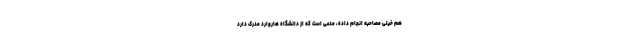
هم خیلی مصاحبه انجام داده، مدعی است که از دانشگاه هاروارد مدرک دارد